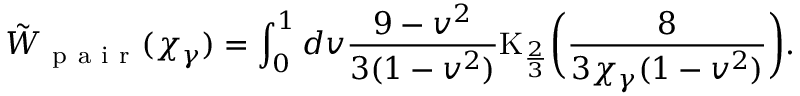
\tilde { W } _ { \mathrm { ~ p ~ a ~ i ~ r ~ } } ( \chi _ { \gamma } ) = \int _ { 0 } ^ { 1 } { d v \frac { 9 - v ^ { 2 } } { 3 ( 1 - v ^ { 2 } ) } \mathrm { K } _ { \frac { 2 } { 3 } } \biggl ( \frac { 8 } { 3 \chi _ { \gamma } ( 1 - v ^ { 2 } ) } \biggr ) } .